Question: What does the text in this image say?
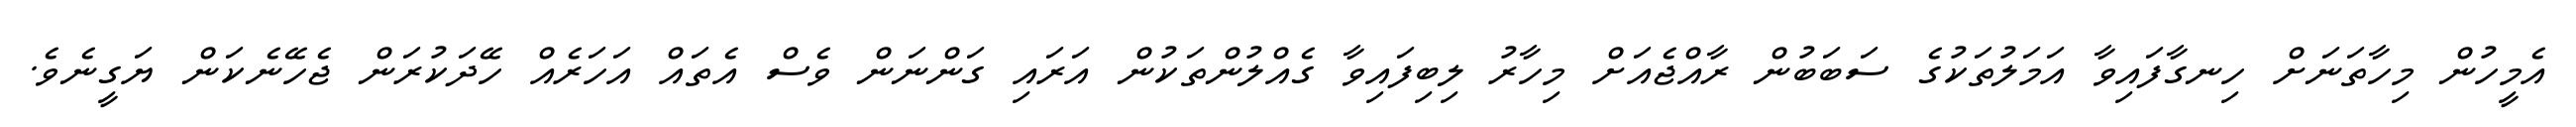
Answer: އެމީހުން މިހާތަނަށް ހިނގާފައިވާ އަމަލުތަކުގެ ސަބަބުން ރާއްޖެއަށް މިހާރު ލިބިފައިވާ ގެއްލުންތަކުން އަރައި ގަންނަން ވެސް އެތައް އަހަރެއް ހޭދަކުރަން ޖެހޭނެކަން ޔަގީނެވެ.